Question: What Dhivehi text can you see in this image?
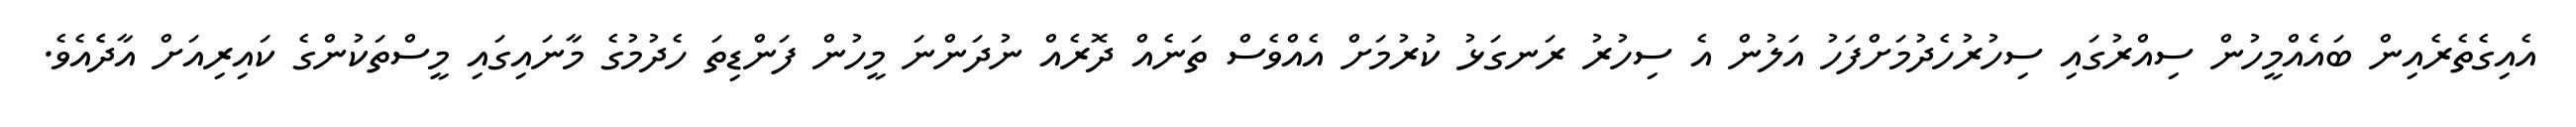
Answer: އެއިގެތެރެއިން ބައެއްމީހުން ސިއްރުގައި ސިހުރުހެދުމަށްފަހު އަލުން އެ ސިހުރު ރަނގަޅު ކުރުމަށް އެއްވެސް ތަނެއް ދޮރެއް ނުދަންނަ މީހުން ފަންޑިތަ ހެދުމުގެ މާނައިގައި މީސްތަކުންގެ ކައިރިއަށް އާދެެއެވެ.